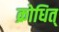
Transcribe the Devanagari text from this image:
क्रोधित्